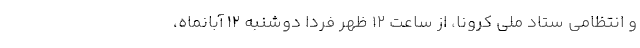
و انتظامی ستاد ملی کرونا، از ساعت ۱۲ ظهر فردا دوشنبه ۱۲ آبانماه،